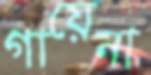
গায়েনা